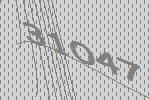
31047